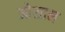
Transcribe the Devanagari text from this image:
ओसाम